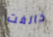
خالفت